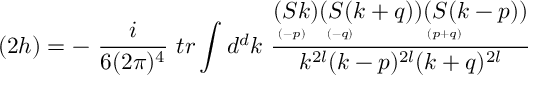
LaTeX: ( 2 h ) = - \ \frac { i } { 6 ( 2 \pi ) ^ { 4 } } \ t r \int d ^ { d } k \ \frac { \stackrel { \displaystyle ( S k ) } { \scriptscriptstyle ( - p ) \phantom { + } } \stackrel { \displaystyle ( S ( k + q ) ) } { \scriptscriptstyle ( - q ) \phantom { + q q q q q q q } } \stackrel { \displaystyle ( S ( k - p ) ) } { \scriptscriptstyle ( p + q ) \phantom { + q q q q q q q } } } { k ^ { 2 l } ( k - p ) ^ { 2 l } ( k + q ) ^ { 2 l } }